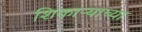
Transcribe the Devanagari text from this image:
शिकाऱ्याच्या